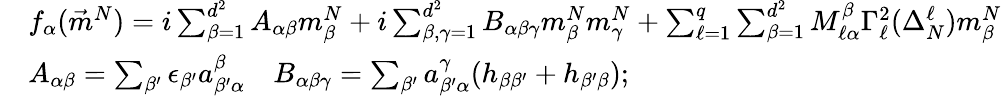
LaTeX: \begin{array}{rl}&{f_{\alpha}(\vec{m}^{N})=i\sum_{\beta=1}^{d^{2}}A_{\alpha\beta}m_{\beta}^{N}+i\sum_{\beta,\gamma=1}^{d^{2}}B_{\alpha\beta\gamma}m_{\beta}^{N}m_{\gamma}^{N}+\sum_{\ell=1}^{q}\sum_{\beta=1}^{d^{2}}M_{\ell\alpha}^{\beta}\Gamma_{\ell}^{2}(\Delta_{N}^{\ell})m_{\beta}^{N}}\\ &{A_{\alpha\beta}=\sum_{\beta^{\prime}}\epsilon_{\beta^{\prime}}a_{\beta^{\prime}\alpha}^{\beta}\quad B_{\alpha\beta\gamma}=\sum_{\beta^{\prime}}a_{\beta^{\prime}\alpha}^{\gamma}(h_{\beta\beta^{\prime}}+h_{\beta^{\prime}\beta});}\end{array}